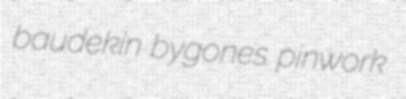
baudekin bygones pinwork